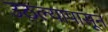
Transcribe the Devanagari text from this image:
उठल्यापासून